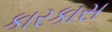
કારકાસ